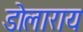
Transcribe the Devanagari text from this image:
डोलाराय